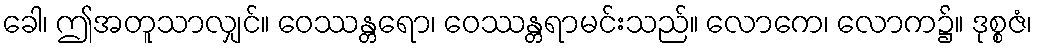
ခေါ၊ ဤအတူသာလျှင်။ ဝေဿန္တရော၊ ဝေဿန္တရာမင်းသည်။ လောကေ၊ လောက၌။ ဒုစ္စဇံ၊